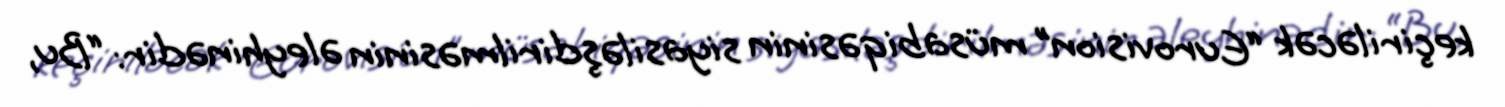
keçiriləcək “Eurovision” müsabiqəsinin siyasiləşdirilməsinin əleyhinədir: “Bu,